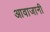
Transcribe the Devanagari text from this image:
आवाजानी